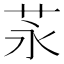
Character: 𦭔